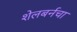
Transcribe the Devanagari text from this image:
शेलबर्नचा